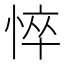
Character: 悴